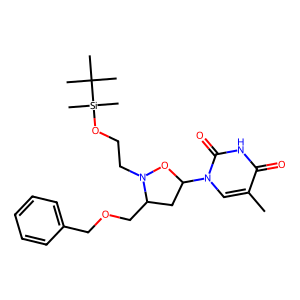
SMILES: Cc1cn(C2CC(COCc3ccccc3)N(CCO[Si](C)(C)C(C)(C)C)O2)c(=O)[nH]c1=O
Inhibits HIV replication: No